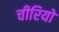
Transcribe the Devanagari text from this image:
चीरियो